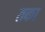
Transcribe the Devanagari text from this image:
तका